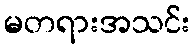
မတရားအသင်း